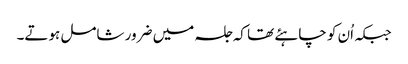
جبکہ اُن کو چاہئے تھا کہ جلسہ میں ضرور شامل ہوتے۔